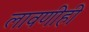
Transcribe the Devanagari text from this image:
लावणीही